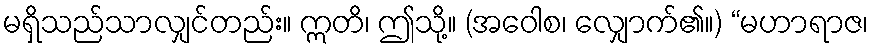
မရှိသည်သာလျှင်တည်း။ ဣတိ၊ ဤသို့။ (အဝေါစ၊ လျှောက်၏။) “မဟာရာဇ၊